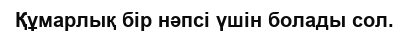
Құмарлық бір нәпсі үшін болады сол.